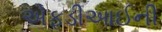
એફડીઆઈની